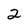
Character: 2